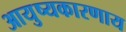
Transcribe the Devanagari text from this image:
आयुष्यकारणाय